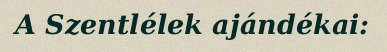
A Szentlélek ajándékai: